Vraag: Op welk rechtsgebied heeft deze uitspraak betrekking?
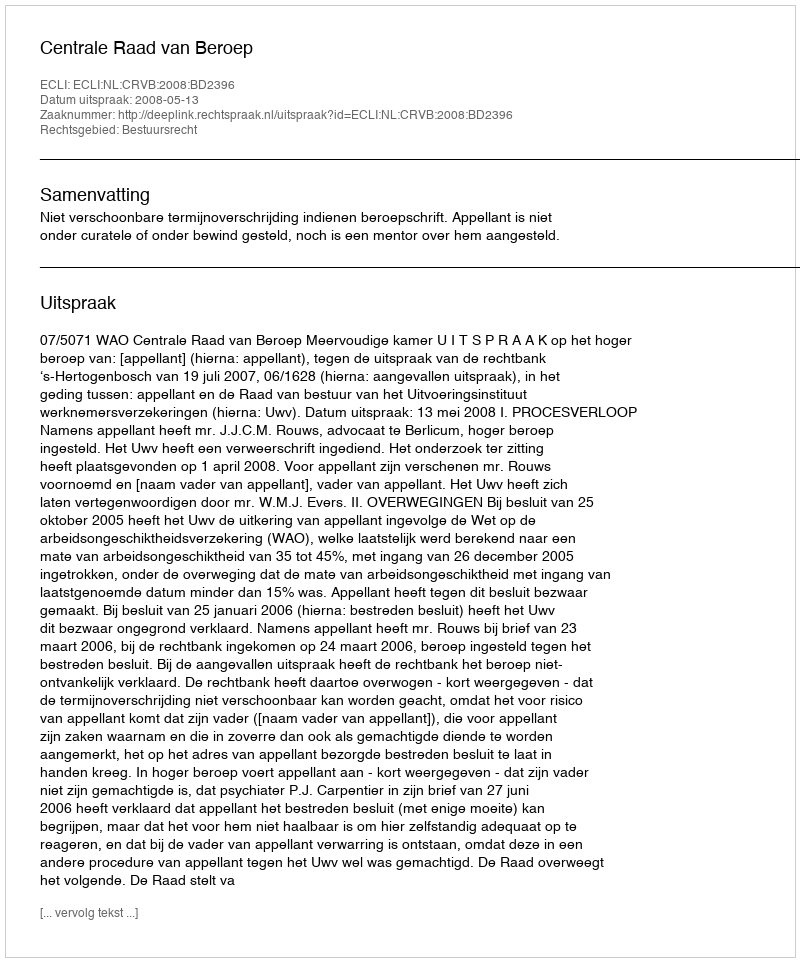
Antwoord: Bestuursrecht